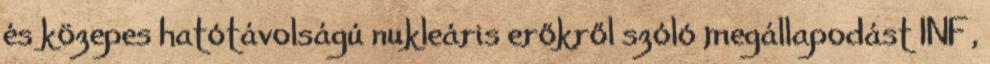
és közepes hatótávolságú nukleáris erőkről szóló megállapodást INF ,